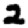
Digit: 2